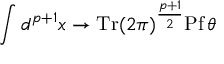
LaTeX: \int d ^ { p + 1 } x \rightarrow \mathrm { T r } ( 2 \pi ) ^ { \frac { p + 1 } { 2 } } \mathrm { P f } \, \theta